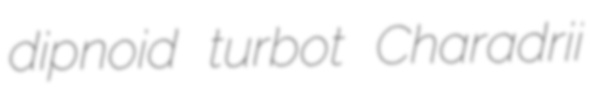
dipnoid turbot Charadrii